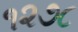
૧૨૭૮